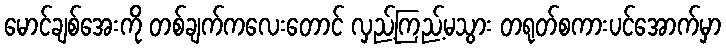
မောင်ချစ်အေးကို တစ်ချက်ကလေးတောင် လှည့်ကြည့်မသွား တရုတ်စကားပင်အောက်မှာ